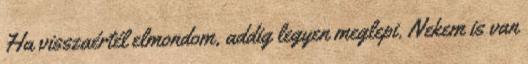
Ha visszaértél elmondom, addig legyen meglepi. Nekem is van